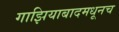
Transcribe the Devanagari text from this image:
गाझियाबादमधूनच